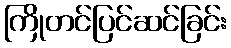
ကြိုတင်ပြင်ဆင်ခြင်း